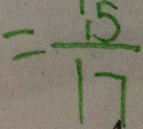
= \frac { 1 5 } { 1 7 }